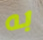
به